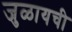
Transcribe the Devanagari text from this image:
जुळायची